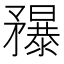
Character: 䂍